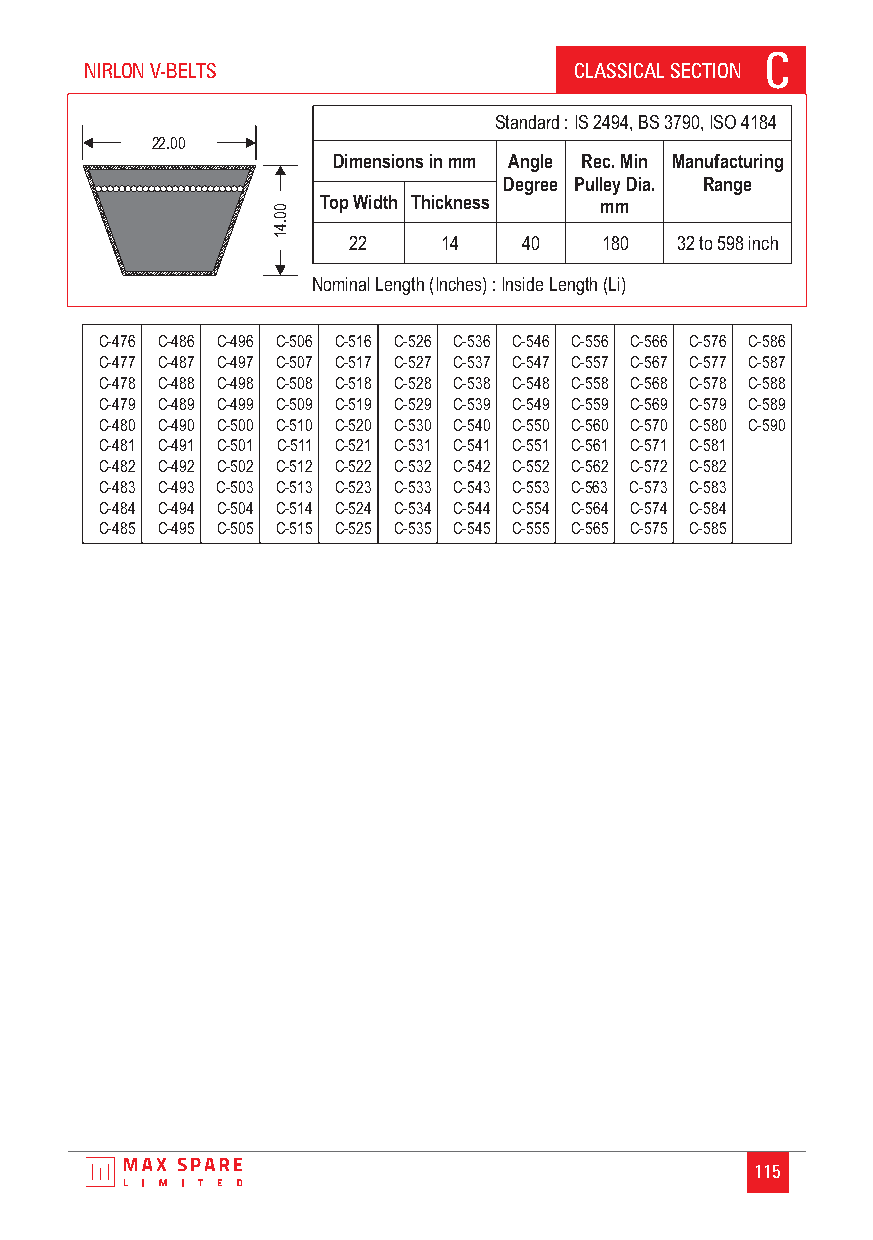
C
 NIRLON V-BELTS                  CLASSICAL SECTION
 Standard :IS2494, BS 3790, ISO 4184
 22.00
 Dimensions in mm Angle Rec. Min Manufacturing
 Degree Pulley Dia. Range
 0  Top Width Thickness mm
 0
 4.
 1    22    14    40   180  32 to 598 inch
 Nominal Length (Inches) : Inside Length (Li)
 C-476 C-486 C-496 C-506 C-516 C-526 C-536 C-546 C-556 C-566 C-576 C-586
 C-477 C-487 C-497 C-507 C-517 C-527 C-537 C-547 C-557 C-567 C-577 C-587
 C-478 C-488 C-498 C-508 C-518 C-528 C-538 C-548 C-558 C-568 C-578 C-588
 C-479 C-489 C-499 C-509 C-519 C-529 C-539 C-549 C-559 C-569 C-579 C-589
 C-480 C-490 C-500 C-510 C-520 C-530 C-540 C-550 C-560 C-570 C-580 C-590
 C-481 C-491 C-501 C-511 C-521 C-531 C-541 C-551 C-561 C-571 C-581
 C-482 C-492 C-502 C-512 C-522 C-532 C-542 C-552 C-562 C-572 C-582
 C-483 C-493 C-503 C-513 C-523 C-533 C-543 C-553 C-563 C-573 C-583
 C-484 C-494 C-504 C-514 C-524 C-534 C-544 C-554 C-564 C-574 C-584
 C-485 C-495 C-505 C-515 C-525 C-535 C-545 C-555 C-565 C-575 C-585
 115